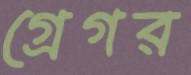
গ্রেগর